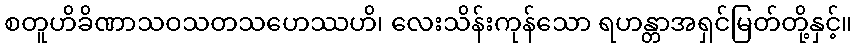
စတူဟိခိဏာသဝသတသဟေဿဟိ၊ လေးသိန်းကုန်သော ရဟန္တာအရှင်မြတ်တို့နှင့်။